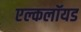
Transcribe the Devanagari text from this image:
एल्कलॉयड